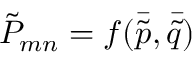
{ \tilde { P } } _ { m n } = f ( { \bar { \tilde { p } } } , { \bar { \tilde { q } } } )